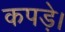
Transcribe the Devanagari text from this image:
कपड़े।